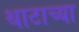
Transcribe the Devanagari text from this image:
थाटाच्या